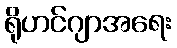
ရိုဟင်ဂျာအရေး